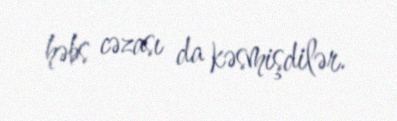
həbs cəzası da kəsmişdilər.